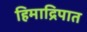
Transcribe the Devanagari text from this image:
हिमाद्रिपात